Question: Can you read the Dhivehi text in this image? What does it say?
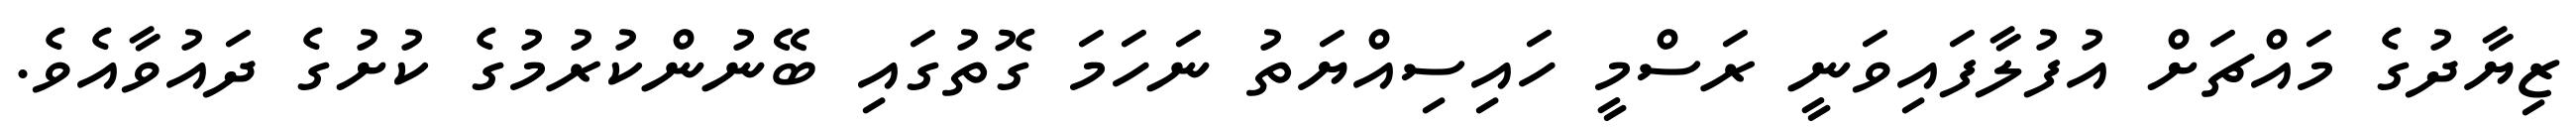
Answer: ޒިޔާދުގެ މައްޗަށް އުފުލާފައިވަނީ ރަސްމީ ހައިސިއްޔަތު ނަހަމަ ގޮތުގައި ބޭނުންކުރުމުގެ ކުށުގެ ދައުވާއެވެ.